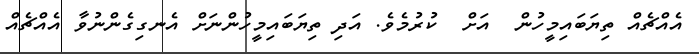
އެއްޗެއް ތިޔަބައިމީހުން  އަށް  ކުރުމެވެ. އަދި ތިޔަބައިމީހުންނަށް އެނގިގެންނުވާ އެއްޗެއް